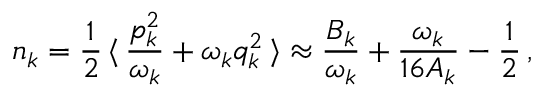
n _ { k } = \frac { 1 } { 2 } \, \langle \, \frac { p _ { k } ^ { 2 } } { \omega _ { k } } + \omega _ { k } q _ { k } ^ { 2 } \, \rangle \approx \frac { { \cal B } _ { k } } { \omega _ { k } } + \frac { \omega _ { k } } { 1 6 { \cal A } _ { k } } - \frac { 1 } { 2 } \, ,